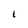
Character: I